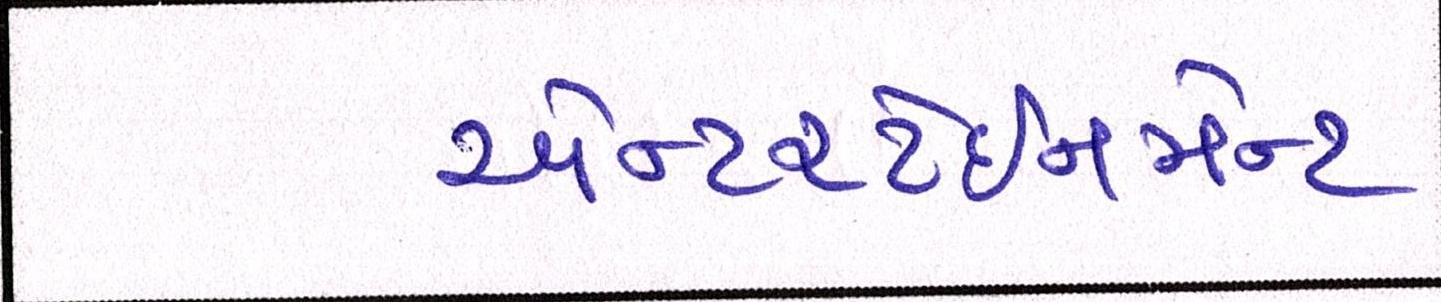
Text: એન્ટરટેઈનમેન્ટ